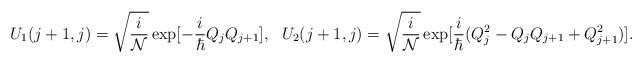
LaTeX: \begin{align*}U_1(j+1, j) = \sqrt{\frac{i}{\cal N}}\exp[-\frac{i}{\hbar}Q_{j}Q_{j+1}], ~~U_2(j+1, j) = \sqrt{\frac{i}{\cal N}}\exp[ \frac{i}{\hbar}(Q_{j}^{2}- Q_{j}Q_{j+1}+Q_{j+1}^{2})].\end{align*}